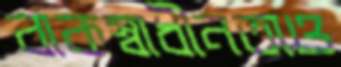
বাকস্বাধীনতাও